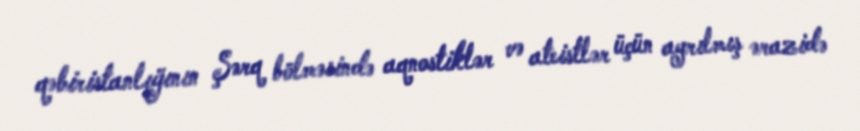
qəbiristanlığının Şərq bölməsində aqnostiklər və ateistlər üçün ayrılmış ərazidə